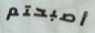
أصبحتم